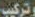
وتركيب